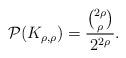
LaTeX: \begin{align*}\mathcal{P}(K_{\rho,\rho})=\dfrac{\binom{2\rho}{\rho}}{2^{2\rho}}.\end{align*}